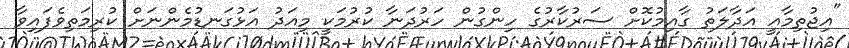
"އިޖުތިމާއީ އަދާލަތު ގާއިމުކޮށް ސަރުކާރުގެ ހިންގުން ހަރުދަނާ ކުރުމަކީ މިއަދު އަޅުގަނޑުމެންނަށް ކުރިމަތިވެފައިވާ